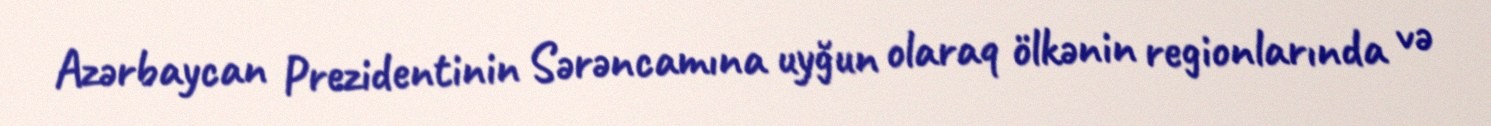
Azərbaycan Prezidentinin Sərəncamına uyğun olaraq ölkənin regionlarında və